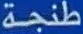
طنجة